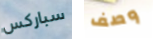
سباركس وصف